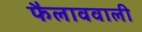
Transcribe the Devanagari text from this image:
फैलाववाली